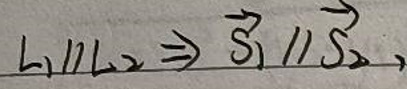
$l_1\parallel l_2\Rightarrow \overrightarrow{S_1}\parallel \overrightarrow{S_2}$